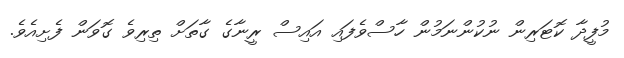
މުފީދާ ކޮޓަރިން ނުކުންނަމުން ހާސްވެފައި އައިސް ރީނާގެ ގާތަށް ތިރިވެ ގޮވަން ފެށިއެވެ.